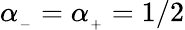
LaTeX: \alpha_{_-}=\alpha_{_+}=1/2